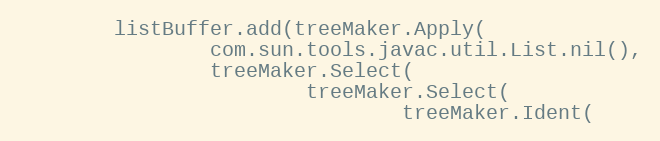
Language: Java
        listBuffer.add(treeMaker.Apply(
                com.sun.tools.javac.util.List.nil(),
                treeMaker.Select(
                        treeMaker.Select(
                                treeMaker.Ident(